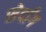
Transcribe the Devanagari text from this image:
सेर्दांग